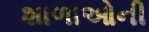
શાળાઓની